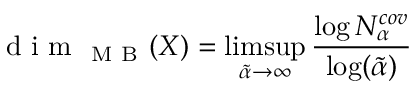
\mathrm { ~ d ~ i ~ m ~ } _ { \mathrm { ~ M ~ B ~ } } ( X ) = \operatorname* { l i m s u p } _ { \tilde { \alpha } \rightarrow \infty } \frac { \log N _ { \alpha } ^ { c o v } } { \log ( \tilde { \alpha } ) }